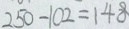
2 5 0 - 1 0 2 = 1 4 8